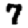
Digit: 7